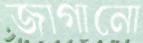
জাগানো